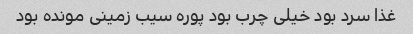
غذا سرد بود خیلی چرب بود پوره سیب زمینی مونده بود